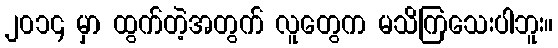
၂၀၁၄ မှာ ထွက်တဲ့အတွက် လူတွေက မသိကြသေးပါဘူး။